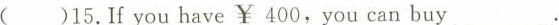
()15. If you have￥400，you can buy ___.